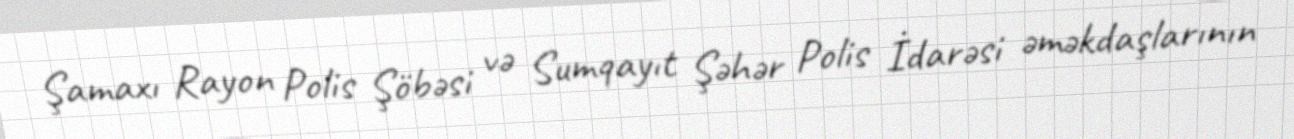
Şamaxı Rayon Polis Şöbəsi və Sumqayıt Şəhər Polis İdarəsi əməkdaşlarının